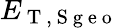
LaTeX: E_{\mathrm{~T~,~S~g~e~o~}}